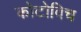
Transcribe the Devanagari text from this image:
कोटोविच